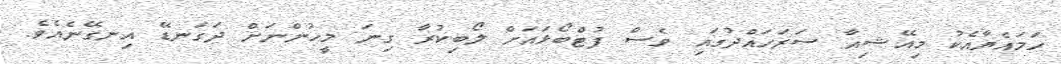
ހަމައެޔާއެކު މިއޭޝިއާ ސަރަހައްދުގައި ވެސް ފުޓްބޯޅައަށް ލޯބިކުރާ ގިނަ މީހުންނަށް ދަގަނޑޭ އިނގޭނެއެވެ.